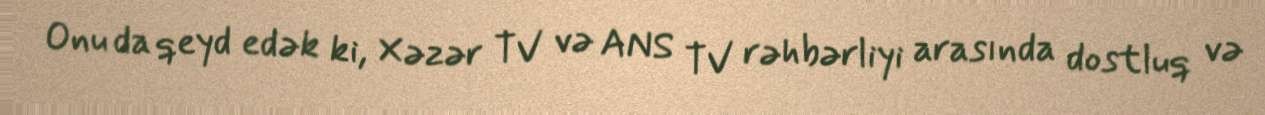
Onu da qeyd edək ki, Xəzər TV və ANS TV rəhbərliyi arasında dostluq və